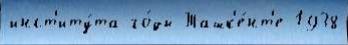
инст'иту́та го́ды Ташк'е́нт'е 1938